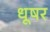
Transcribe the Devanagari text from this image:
धूषर